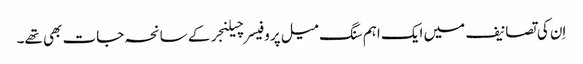
اِن کی تصانیف میں ایک اہم سنگ میل پروفیسر چیلنجر کے سانحہ جات بھی تھے۔